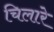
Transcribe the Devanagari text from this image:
चिलारे